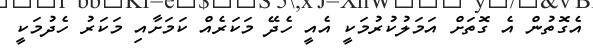
އެގޮތުން އެ ގޮތަށް އަމަލުކުރުމަކީ އެއީ ހެދޭ މަކަރެއް ކަމަށާއި މަކަރު ހެދުމަކީ